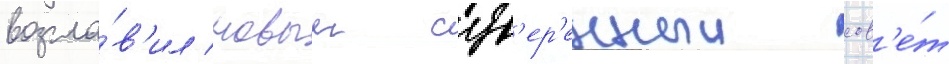
возгла́в'ил новыи сув'ер'енныи сов'е́т